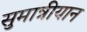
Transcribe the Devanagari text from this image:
सुमात्रीयान